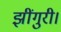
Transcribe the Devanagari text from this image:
झींगुरी।